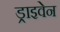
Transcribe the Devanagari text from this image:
ड्राइवेन